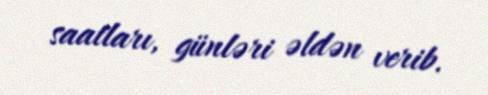
saatları, günləri əldən verib.